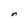
Character: n